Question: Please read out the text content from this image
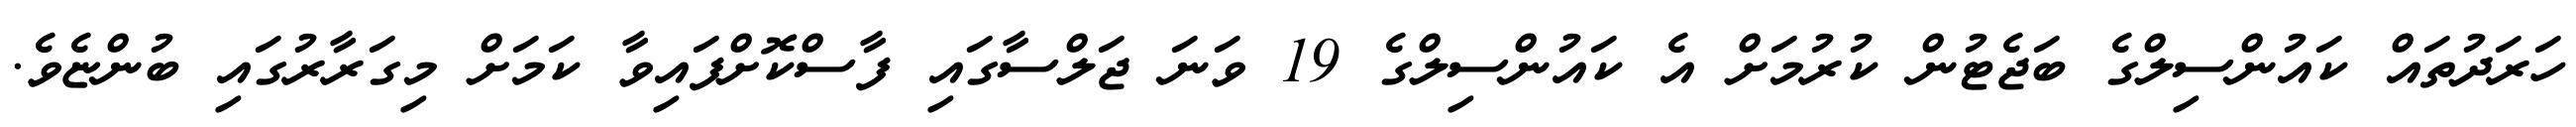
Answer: ހަރަދުތައް ކައުންސިލްގެ ބަޖެޓުން ކުރުމަށް އެ ކައުންސިލްގެ 19 ވަނަ ޖަލްސާގައި ފާސްކޮށްފައިވާ ކަމަށް މިގަރާރުގައި ބުންޏެވެ.